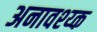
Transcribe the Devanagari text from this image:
अनावश्य्क